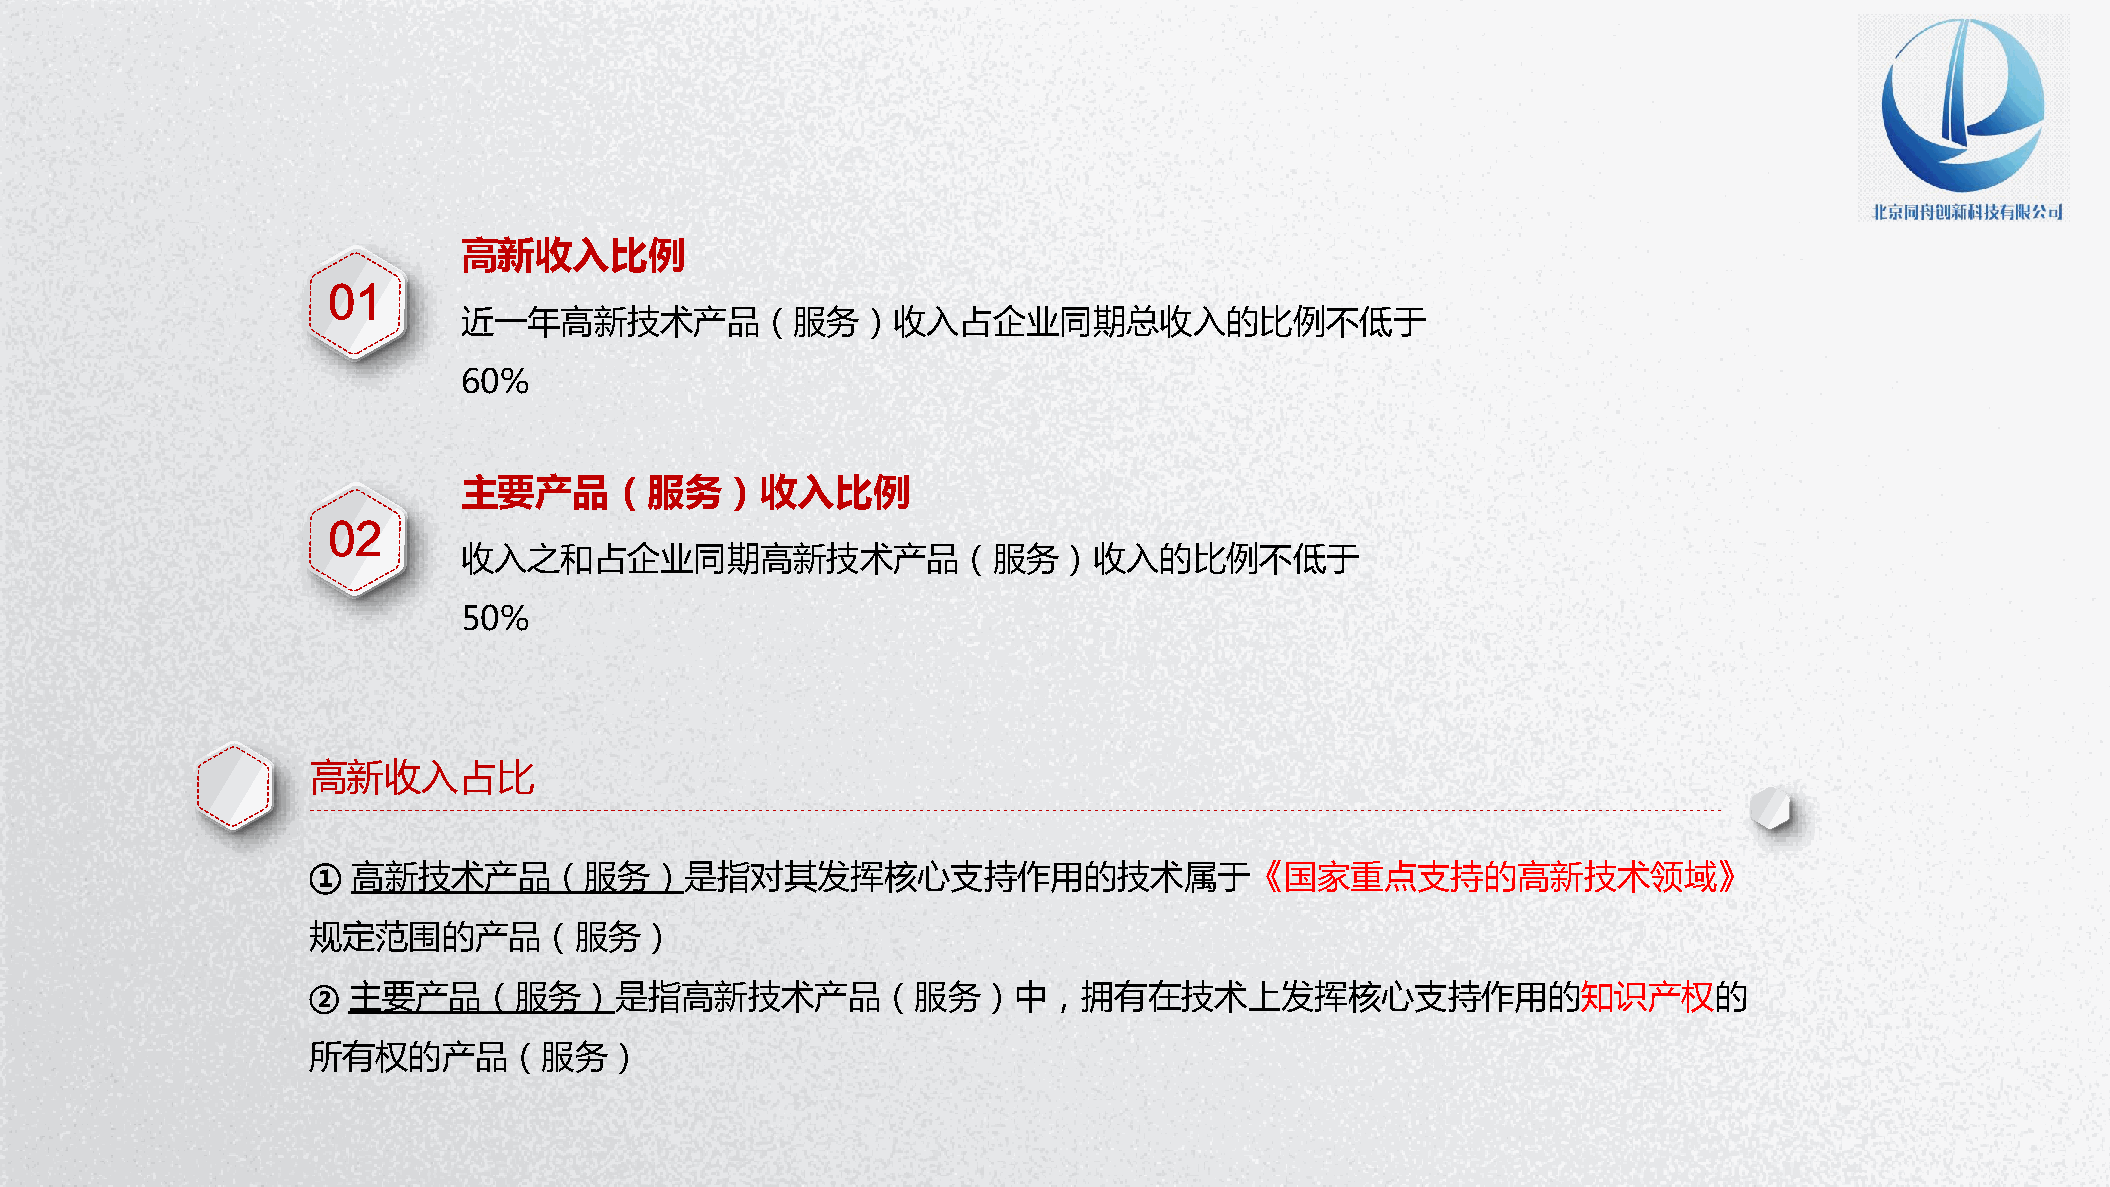
高新收入比例
 01
 近一年高新技术产品（服务）收入占企业同期总收入的比例不低于
 60%
 主要产品（服务）收入比例
 02
 收入之和占企业同期高新技术产品（服务）收入的比例不低于
 50%
 高新收入占比
 ①  高新技术产品（服务）是指对其发挥核心支持作用的技术属于《国家重点支持的高新技术领域》
 规定范围的产品（服务）
 ②  主要产品（服务）是指高新技术产品（服务）中，拥有在技术上发挥核心支持作用的知识产权的
 所有权的产品（服务）
 P节P优W资范教字PPo日秀料文案体TTr模背d下下下下PP教板景PP载载载载TT程下模图下：：：：：载板片载wwww：：：： wwwwwwwwwwwwww....wwwww1111.ppppwwww1pppp....ptttt1111p....ppppcccctoooopppp.cmmmmtttto....ccccm////oooozfjziammmmi i/ al tnwioia//// /waomjbxoii ne ere /ao dr n/izjb i /ia //n a i /gn / / 行 PP P PEPP 试P业 PxTTT cT图教 卷e素P 课lP 教下表程材T 件模 程下： 载下 下板 ：载 ：载w载： w： ww： ：www www wwww .ww1.w.w p1w 1wppw. p.1.tpp1 .1.p t1p tcp .p o .ppcp ct mopot.t.mtc. m/c .ocopco /m /omoem smxw h/// ch it /e ts eau kiurl/nb e/pc g jiaoa iy ai io/ ne n// t/ /